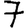
Digit: 7